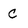
Character: c